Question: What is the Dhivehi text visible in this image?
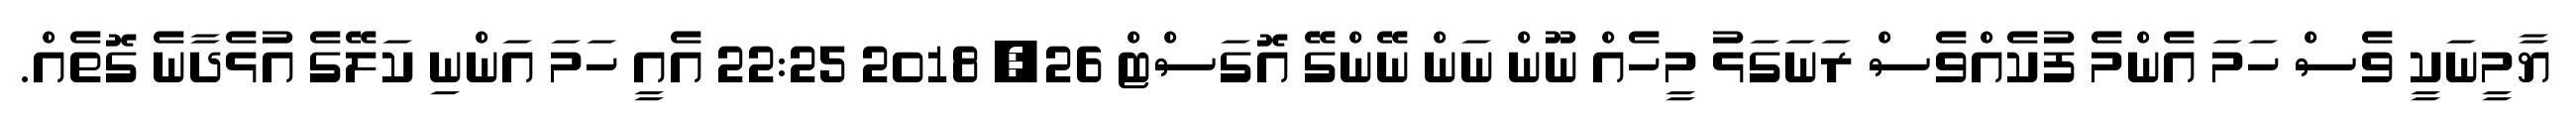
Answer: ޔާމީނަކީ ވެސް ހަމަ އެންމެ ފުކެއްވެސް ރަނަގަޅު މީހެއް ނޫން ނަން ނޭންގޭ އޮގަސްޓް 26, 2018 22:25 އެއީ ހަމަ އަންނި ކަލޭގެ އުޅެދާނެ ގޮތެއް.